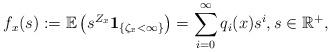
LaTeX: \begin{align*}f_x(s):=\mathbb{E}\left(s^{Z_x}\mathbf{1}_{\lbrace \zeta_x<\infty \rbrace}\right)=\sum_{i=0}^{\infty} q_i(x)s^i, s\in \mathbb{R}^+,\end{align*}